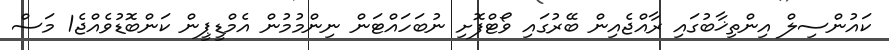
ކައުންސިލް އިންތިޚާބުގައި ރާއްޖެއިން ބޭރުގައި ވޯޓްފޮށި ނުބަހައްޓަން ނިންމުމުން އެމްޑީޕީން ކަންބޮޑުވެއްޖެ1 މަސް